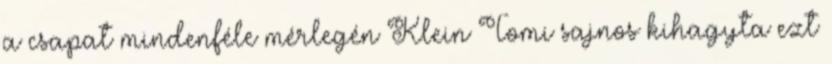
a csapat mindenféle mérlegén Klein Tomi sajnos kihagyta ezt